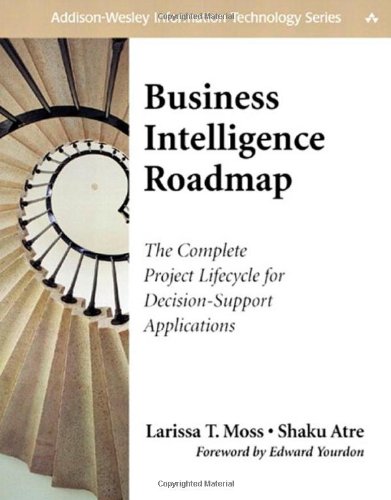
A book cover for Business Intelligence Roadmap: The Complete Project Lifecycle for Decision-Support Applications; Larissa T. Moss; Test Preparation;